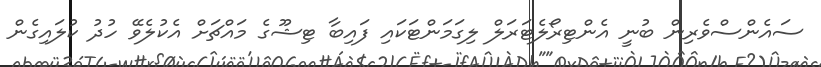
ސައެންސްވެރިން ބުނީ އެންޓިރޯލެޓަރަލް ލިގަމަންޓަކައި ފައިބާ ޓިޝޫގެ މައްޗަށް އެކުލެވޭ ހުދު ކުލައިގެން